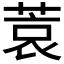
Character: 𫈮